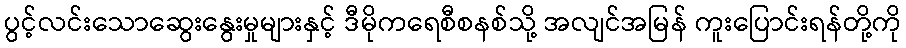
ပွင့်လင်းသောဆွေးနွေးမှုများနှင့် ဒီမိုကရေစီစနစ်သို့ အလျင်အမြန် ကူးပြောင်းရန်တို့ကို